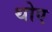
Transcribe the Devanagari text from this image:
थोए